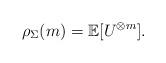
LaTeX: \begin{align*} \rho_{\Sigma}(m)=\mathbb E[U^{\otimes m}].\end{align*}